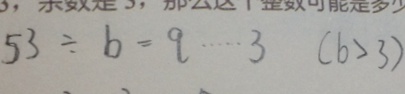
5 3 \div b = q \cdots 3 ( b > 3 )